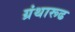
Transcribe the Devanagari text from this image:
ग्रंथारूढ